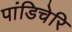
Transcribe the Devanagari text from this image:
पांडिचेरि